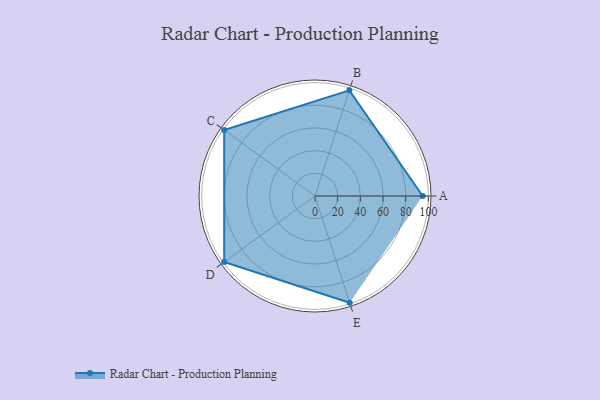
{"axis": {"x": "Skill", "y": "Score"}, "legend": ["Profile"], "data": [{"x": "A", "y": 95.0, "type": "Profile"}, {"x": "B", "y": 98.0, "type": "Profile"}, {"x": "C", "y": 99, "type": "Profile"}, {"x": "D", "y": 99, "type": "Profile"}, {"x": "E", "y": 99, "type": "Profile"}]}